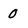
Character: 0